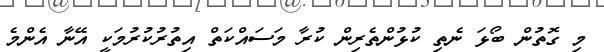
މި ގޮތުން ބޯޅަ ނެތި ކުޅުންތެރިން ކުރާ މަސައްކަތް އިތުރުކުރުމަކީ އޭނާ އެންމެ